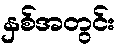
နှစ်အတွင်း